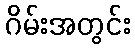
ဂိမ်းအတွင်း